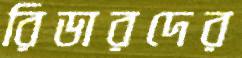
রিডারদের